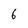
Character: 6